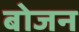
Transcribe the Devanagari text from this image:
बोजन